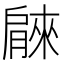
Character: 𦠘